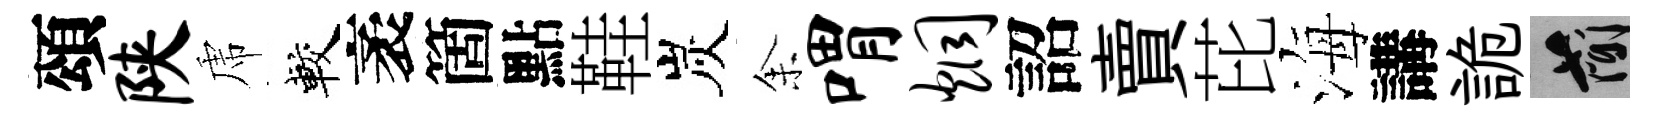
頌陕虎較袤箇點鞋炭𪜬喟炯詔賣芘海講詭簡